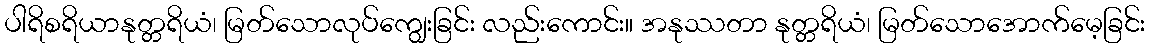
ပါရိစရိယာနုတ္တရိယံ၊ မြတ်သောလုပ်ကျွေးခြင်း လည်းကောင်း။ အနုဿတာ နုတ္တရိယံ၊ မြတ်သောအောက်မေ့ခြင်း